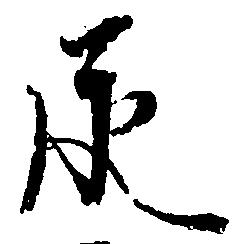
永